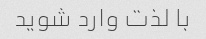
با لذت وارد شوید